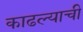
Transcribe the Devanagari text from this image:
काढल्याची